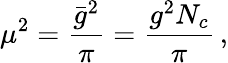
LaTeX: \mu^{2}=\frac{\bar{g}^{2}}{\pi}=\frac{g^{2}N_{c}}{\pi}\, ,